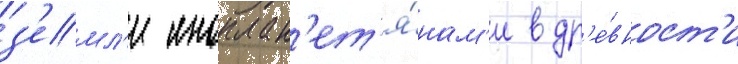
з'емл'и иноплан'ет'я́нам'и в др'е́вност'и